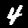
Label: 4